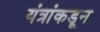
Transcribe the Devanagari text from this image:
यंत्रांकडून